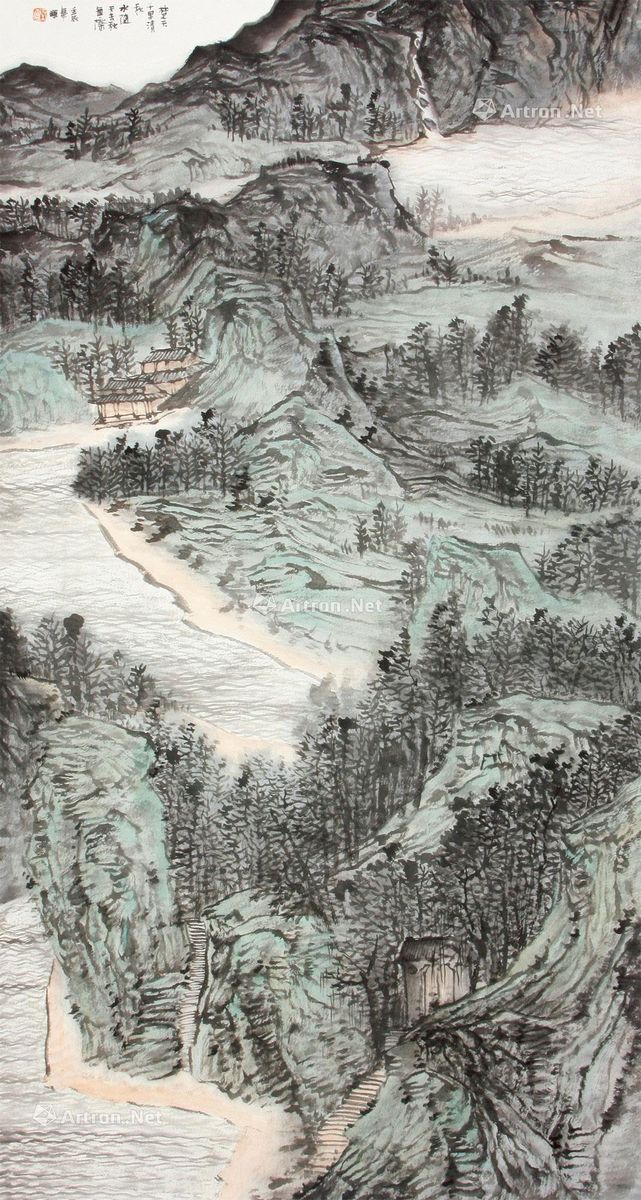
楚天千里清秋，水随天去秋无际。